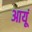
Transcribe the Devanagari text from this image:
आयूं